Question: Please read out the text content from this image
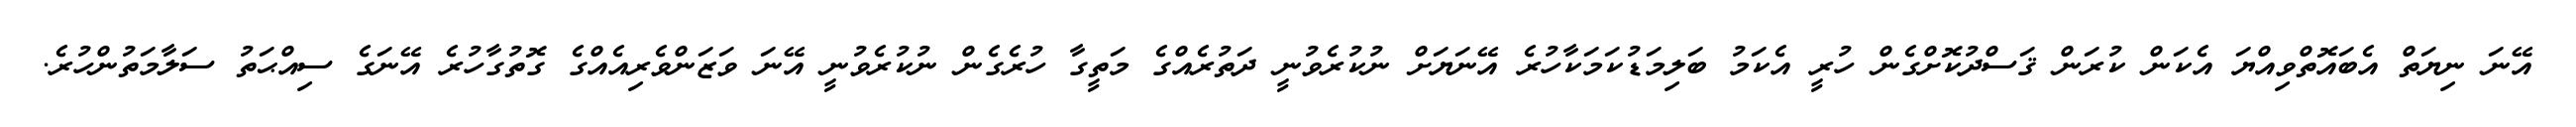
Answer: އޭނަ ނިޔަތް އެބައޮތްވިއްޔަ އެކަން ކުރަން ޤަސްދުކޮށްގެން ހުރީ އެކަމު ބަލިމަޑުކަމަކާހުރެ އޭނަޔަށް ނުކުރެވުނީ ދަތުރެއްގެ މަތީގާ ހުރެގެން ނުކުރެވުނީ އޭނަ ވަޒަންވެރިއެއްގެ ގޮތުގާހުރެ އޭނަގެ ސިއްޙަތު ސަލާމަތުންހުރެ.